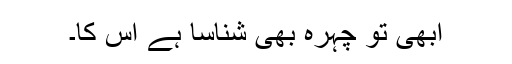
ابھی تو چہرہ بھی شناسا ہے اُس کا۔